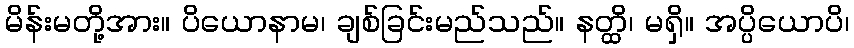
မိန်းမတို့အား။ ပိယောနာမ၊ ချစ်ခြင်းမည်သည်။ နတ္ထိ၊ မရှိ။ အပ္ပိယောပိ၊